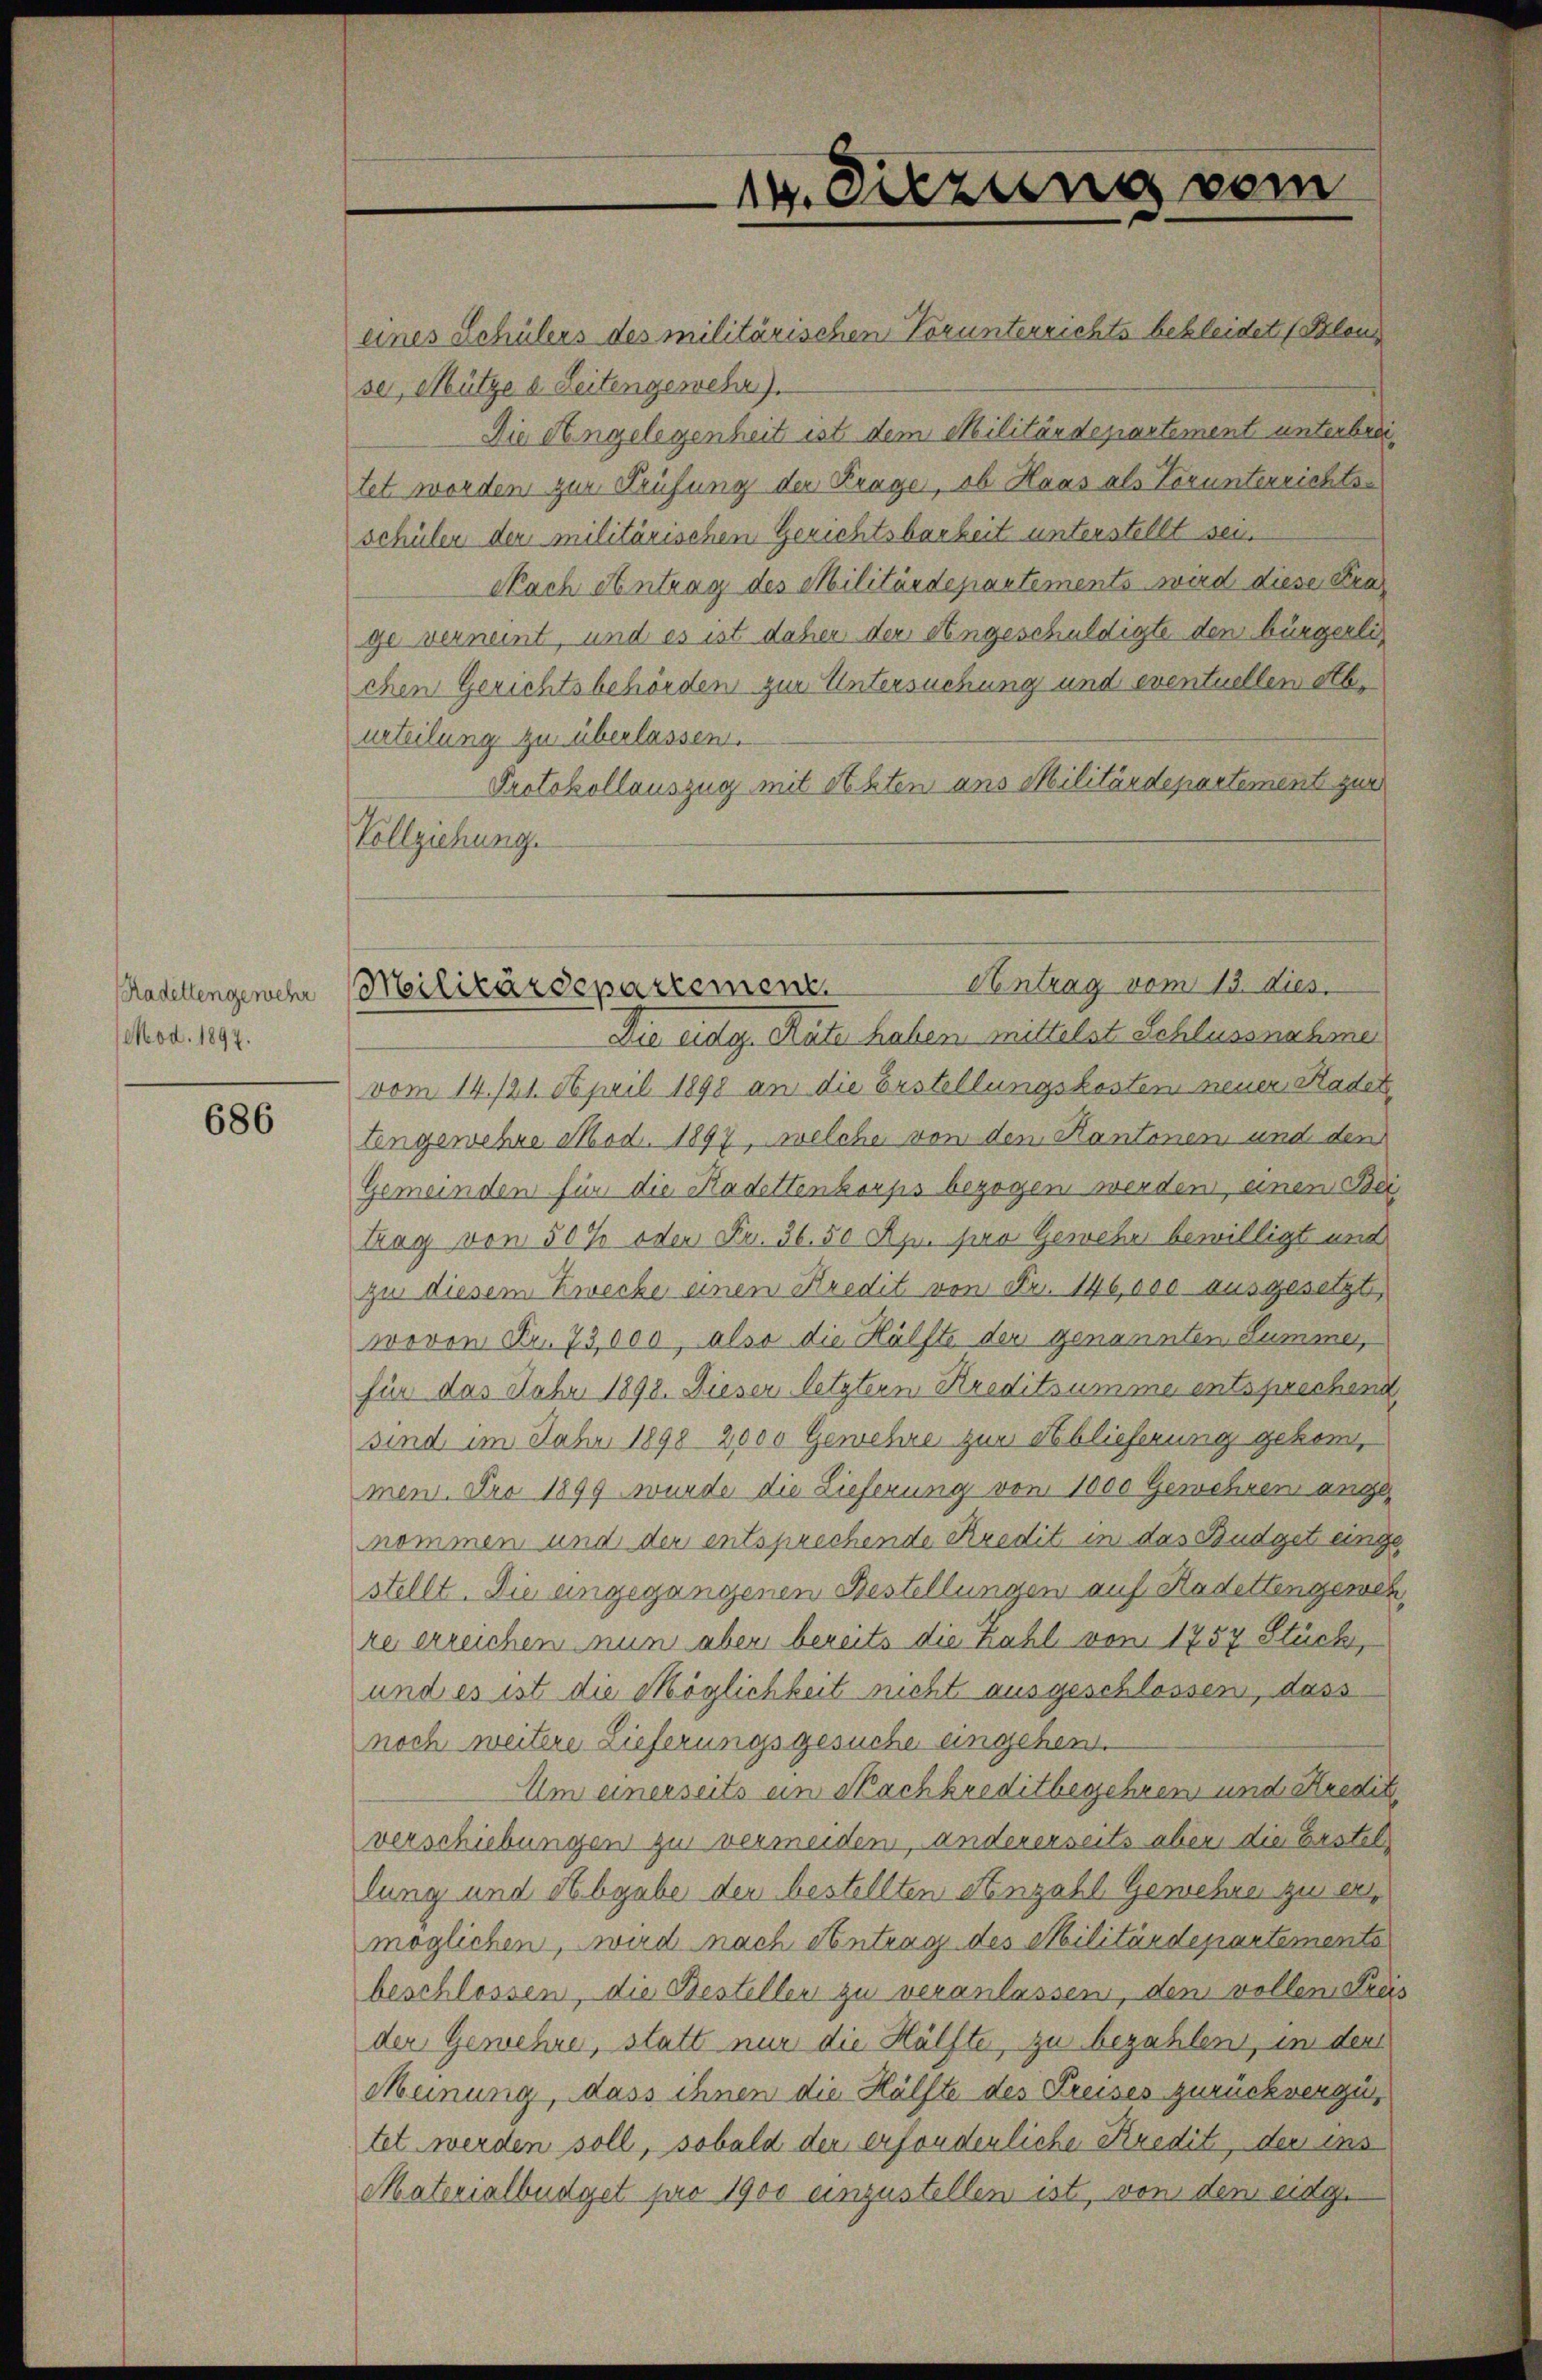
Radellengewehr
Mod. 1897.

686

14. Diezung vom

Antrag vom 13. dies
Militärdepartement

eines Schülers des militärischen Vorunterrichts bekleidet (Plan
ser, Mütze u. Seitengewehr).
Die Angelegenheit ist dem Militärdepartement unterbreitet worden zur Prüfung der Krage, ob Haas als Vorunterrichts
schüler der militärischen Gerichtsbarkeit unterstellt sein
Nach Antrag des Militärdepartements wird diese Frage verneint, und es ist daher der Angeschuldigte den bürgerlichen Gerichtsbehörden zur Untersuchung und eventuellen aburteilung zu überlassen.
Protokollauszug mit Akten aus Militärdepartement zur
Vollziehung.
Die eidg. Räte haben mittelst Schlussnahmen
vom 14./21. April 1898 an die Erstellungskosten neuer Radel
tengewehre Mod. 1897, welche von den Kantonen und den
Gemeinden für die Kadettenkorps bezogen werden, einen Bei
trag von 50 % oder Fr. 36. 50 Rp. sien Gewehr bewilligt und
zu diesem Zwecke einen Kredit von Fr. 146,000 ausgesetzt,
wovon Fr. 73,000, also die Hälfte der genannten Summe,
für das Febr 1898. Dieser letztern Kreditsumme entsprechend
sind im Jahr 1898 2000 Gewehre zur Ablieferung gekommen. Dro 1899 wurde die Lieferung von 1000 Gewehren ange
nommen und der entsprechende Kredit in das Budget eingestellt. Die angegangenen Bestellungen auf Kadettengemes
re erreichen nun aber bereits die Kahl von 1757 Stück,
und es ist die Möglichkeit nicht ausgeschlossen, dass
noch weitere Lieferungsgesuche eingehen.
Um einerseits ein Nachkreditbegehren und Kredit
verschiebungen zu vermeiden, andererseits aber die Erstel
lung und Abgabe der bestellten Anzahl Gewehrer zu ermöglichen, wird nach Antrag des Militärdepartements
beschlossen, die Besteller zu veranlassen, den vollen dre
der Gewehre, statt nur die Hälfte, zu bezahlen, in der
Meinung, dass ihnen die Hälfte des Preises zurückverzutet werden soll, sobald den erfonderliche Kredit, der ins
Materialbüdget pro 1900 einzustellen ist, von dem eidge